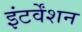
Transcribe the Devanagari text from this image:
इंटर्वेंशन